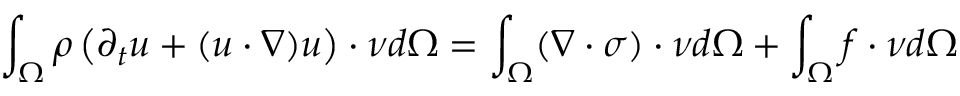
\int _ { \Omega } \rho \left( \partial _ { t } \boldsymbol { u } + ( \boldsymbol { u } \cdot \nabla ) \boldsymbol { u } \right) \cdot \boldsymbol { \nu } d \Omega = \int _ { \Omega } ( \nabla \cdot \boldsymbol { \sigma } ) \cdot \boldsymbol { \nu } d \Omega + \int _ { \Omega } \boldsymbol { f } \cdot \boldsymbol { \nu } d \Omega